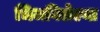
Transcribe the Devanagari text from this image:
भिजविलेल्या